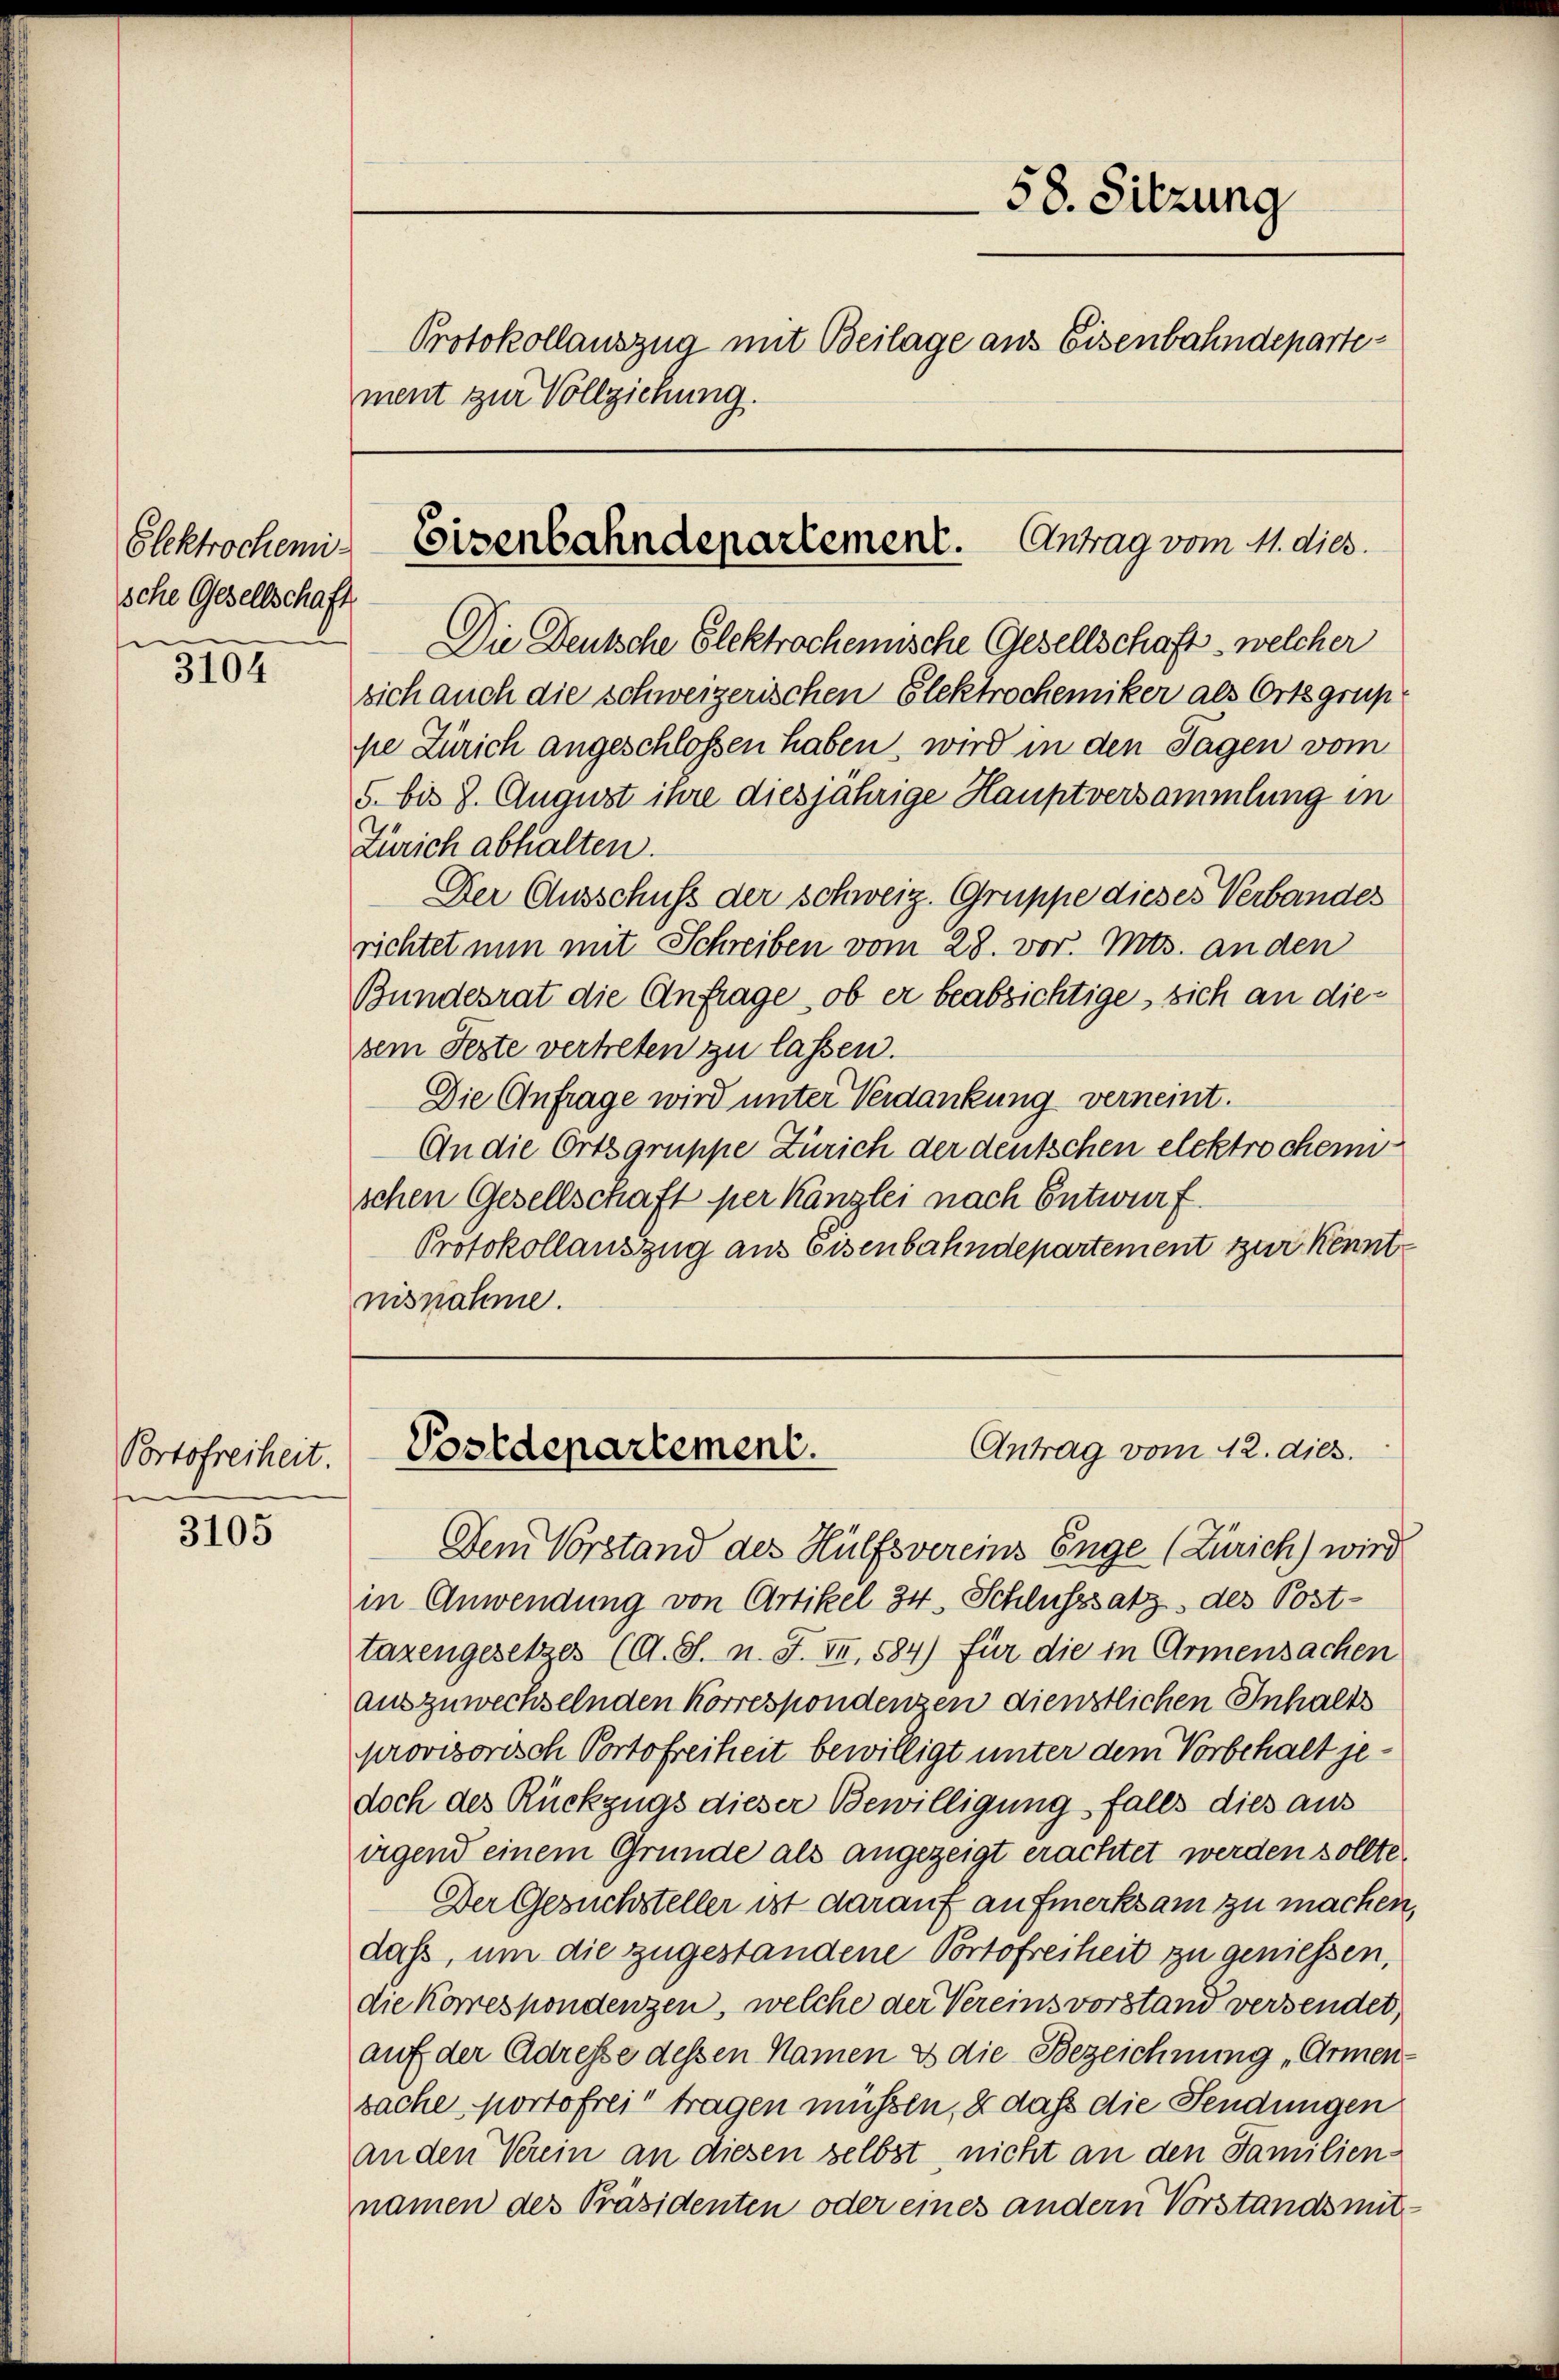
Glektrochemische Gesellschaft

3104

Portofreiheit.

3105

Die Deutsche Elektrochennische Gesellschaft, welcher
sich auch die schweizerischen Elektrochemiker als Ortsgrup
pe Zürich angeschlossen haben, wird in den Tagen vom
5. bis 7. August ihre diesjährige Hauptversammlung in
Zürich abhalten.
Der Ausschuß der schweiz. Gruppe dieses Verbandes
richtet nun mit Schreiben vom 28. vor. Mts. an den
Bundesrat die Anfrage, ob er beabsichtige, sich an diesem Fezte vertreten zu lassen.
Die Anfrage wird unter Verdankung verneint.
An die Ortsgruppe Zürich der deutschen elektrochen
schen Gesellschaft per Kanzlei nach Entwurf.
Protokollauszug aus Eisenbahndepartement zur Kenntnisnahme.

58. Sitzung
Protokollauszug mit Beilage aus Eisenbahndepartement zur Vollziehung.

Eisenbahndepartement. Antrag vom 11. dies

Antrag vom 12. dies.
Postdepartement.

Dem Vorstand des Hülfsvereins Enge (Zürich) wird
in Anwendung von Artikel 34. Schlusssatz, des Post-
tazengesetzes (A. S. n. F. II, 584) für die in Armensachen
auszuwechselnden Korrespondenzen dienstlichen Inhalts
provisorisch Portofreiheit bewilligt unter dem Vorbehalt jedoch des Rückzugs dieser Bewilligung falls dies aus
irgend einem Grunde als angezeigt erachtet werden sollte.
Der Gesuchsteller ist darauf aufmerksam zu machen,
daß, um die zugestandene Portofreiheit zu geniessen,
die Korrespondenzen, welche der Vereins vorstand versendet,
auf der Adresse dessen Namen es die Bezeichnung „Armen-
sache portofrei tragen müssen, & daß die Fendungen
an den Verein an diesen selbst, nicht an den Familiennamen des Präsidenten oder eines andern Vorstandsmit-